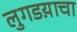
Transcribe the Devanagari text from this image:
लुगडय़ाचा